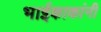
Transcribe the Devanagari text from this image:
भाईकाकांनी